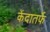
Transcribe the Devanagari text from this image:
केंदातर्फे